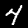
Label: 4